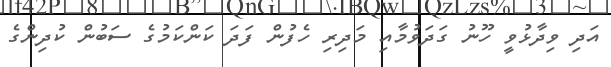
އަދި ވިދާޅުވީ ހޫނު ގަދަވުމާއި މަދިރި ހެފުން ފަދަ ކަންކަމުގެ ސަބުން ކުދިންގެ